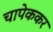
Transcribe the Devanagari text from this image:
चापेककर